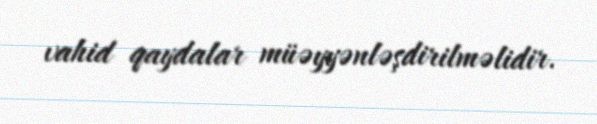
vahid qaydalar müəyyənləşdirilməlidir.